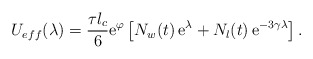
\begin{align*}U_{eff}(\lambda) = \frac{\tau l_c}{6} \mathrm{e}^\varphi \left[ N_w(t)\, \mathrm{e}^\lambda +N_l(t)\, \mathrm{e}^{-3\gamma\lambda} \right].\end{align*}